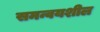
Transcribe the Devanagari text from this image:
समन्वयशील